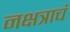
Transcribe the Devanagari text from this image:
नक्षत्राचं